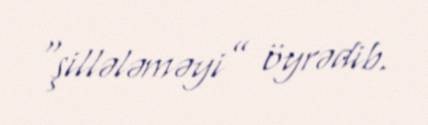
“şillələməyi” öyrədib.